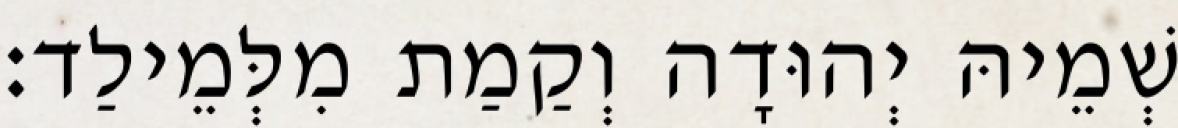
שְׁמֵיהּ יְהוּדָה וְקַמַת מִלְּמֵילַד׃